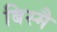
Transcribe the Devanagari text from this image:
बिस्मै